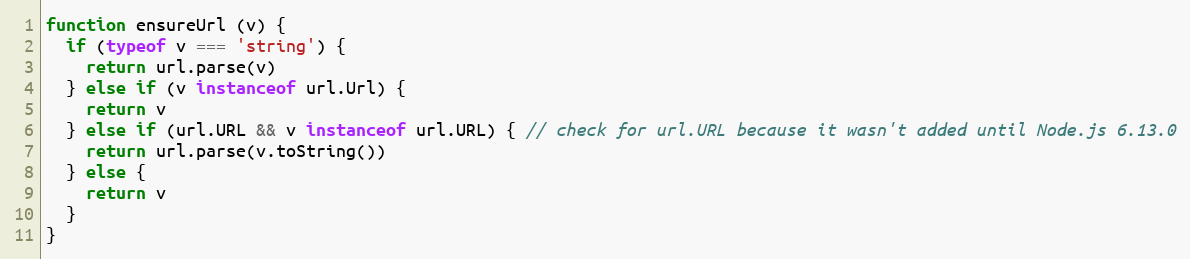
Language: JavaScript
function ensureUrl (v) {
  if (typeof v === 'string') {
    return url.parse(v)
  } else if (v instanceof url.Url) {
    return v
  } else if (url.URL && v instanceof url.URL) { // check for url.URL because it wasn't added until Node.js 6.13.0
    return url.parse(v.toString())
  } else {
    return v
  }
}